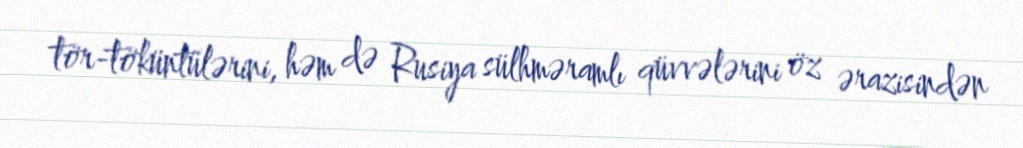
tör-töküntülərini, həm də Rusiya sülhməramlı qüvvələrini öz ərazisindən